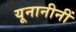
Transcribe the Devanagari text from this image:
यूनानीनीं